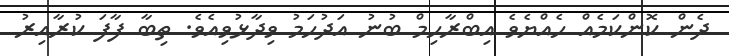
ދެން ކޮންކަމެއް ހެއްޔެވެ އިބްރާހިމް ބުނު އަދުހަމު ވިދާޅުވިއެވެ. ތިބާ ފާފަ ކުރާއިރު